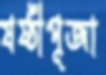
ষষ্ঠীপূজা